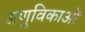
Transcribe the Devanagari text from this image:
अणुविकाओं